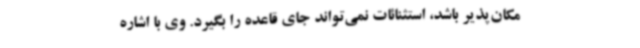
مکان‌پذیر باشد، استثنائات نمی‌تواند جای قاعده را بگیرد. وی با اشاره